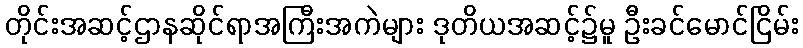
တိုင်းအဆင့်ဌာနဆိုင်ရာအကြီးအကဲများ ဒုတိယအဆင့်၌မူ ဦးခင်မောင်ငြိမ်း